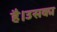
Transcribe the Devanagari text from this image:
है।उसका